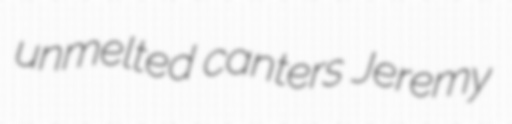
unmelted canters Jeremy